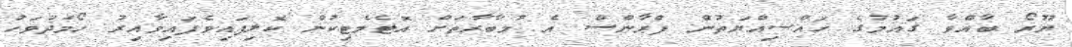
ޔޫރޯ ބާއްވާ ގައުމުގެ ހައްސިއްޔަތުން ފްރާންސް އެ މުބާރާތަށް އޮޓެމެޓިކުން ކޮލިފައިވެފައިވާއިރު ހޯމަދުވަހު